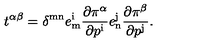
t ^ { \alpha \beta } = \delta ^ { \mathrm { m n } } e _ { \mathrm { m } } ^ { \mathrm { i } } { \frac { \partial \pi ^ { \alpha } } { \partial p ^ { \mathrm { i } } } } e _ { \mathrm { n } } ^ { \mathrm { j } } { \frac { \partial \pi ^ { \beta } } { \partial p ^ { \mathrm { j } } } } .